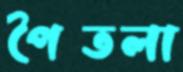
পৈতলা